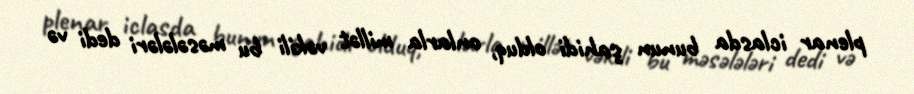
plenar iclasda bunun şahidi olduq, onlarla millət vəkili bu məsələləri dedi və